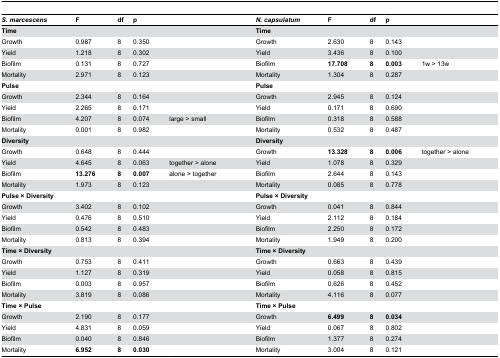
<table><thead><tr><td><b><i>S. marcescens</i></b></td><td><b>F</b></td><td><b>df</b></td><td><b>p</b></td><td></td><td><b><i>N. capsulatum</i></b></td><td><b>F</b></td><td><b>df</b></td><td><b>p</b></td><td></td></tr></thead><tbody><tr><td colspan="5"><b>Time</b></td><td colspan="5"><b>Time</b></td></tr><tr><td>Growth</td><td>0.987</td><td>8</td><td>0.350</td><td></td><td>Growth</td><td>2.630</td><td>8</td><td>0.143</td><td></td></tr><tr><td>Yield</td><td>1.218</td><td>8</td><td>0.302</td><td></td><td>Yield</td><td>3.436</td><td>8</td><td>0.100</td><td></td></tr><tr><td>Biofilm</td><td>0.131</td><td>8</td><td>0.727</td><td></td><td>Biofilm</td><td><b>17.708</b></td><td><b>8</b></td><td><b>0.003</b></td><td>1w &gt; 13w</td></tr><tr><td>Mortality</td><td>2.971</td><td>8</td><td>0.123</td><td></td><td>Mortality</td><td>1.304</td><td>8</td><td>0.287</td><td></td></tr><tr><td colspan="5"><b>Pulse</b></td><td colspan="5"><b>Pulse</b></td></tr><tr><td>Growth</td><td>2.344</td><td>8</td><td>0.164</td><td></td><td>Growth</td><td>2.945</td><td>8</td><td>0.124</td><td></td></tr><tr><td>Yield</td><td>2.265</td><td>8</td><td>0.171</td><td></td><td>Yield</td><td>0.171</td><td>8</td><td>0.690</td><td></td></tr><tr><td>Biofilm</td><td>4.207</td><td>8</td><td>0.074</td><td>large &gt; small</td><td>Biofilm</td><td>0.318</td><td>8</td><td>0.588</td><td></td></tr><tr><td>Mortality</td><td>0.001</td><td>8</td><td>0.982</td><td></td><td>Mortality</td><td>0.532</td><td>8</td><td>0.487</td><td></td></tr><tr><td colspan="5"><b>Diversity</b></td><td colspan="5"><b>Diversity</b></td></tr><tr><td>Growth</td><td>0.648</td><td>8</td><td>0.444</td><td></td><td>Growth</td><td><b>13.328</b></td><td><b>8</b></td><td><b>0.006</b></td><td>together &gt; alone</td></tr><tr><td>Yield</td><td>4.645</td><td>8</td><td>0.063</td><td>together &gt; alone</td><td>Yield</td><td>1.078</td><td>8</td><td>0.329</td><td></td></tr><tr><td>Biofilm</td><td><b>13.276</b></td><td><b>8</b></td><td><b>0.007</b></td><td>alone &gt; together</td><td>Biofilm</td><td>2.644</td><td>8</td><td>0.143</td><td></td></tr><tr><td>Mortality</td><td>1.973</td><td>8</td><td>0.123</td><td></td><td>Mortality</td><td>0.085</td><td>8</td><td>0.778</td><td></td></tr><tr><td colspan="5"><b>Pulse × Diversity</b></td><td colspan="5"><b>Pulse × Diversity</b></td></tr><tr><td>Growth</td><td>3.402</td><td>8</td><td>0.102</td><td></td><td>Growth</td><td>0.041</td><td>8</td><td>0.844</td><td></td></tr><tr><td>Yield</td><td>0.476</td><td>8</td><td>0.510</td><td></td><td>Yield</td><td>2.112</td><td>8</td><td>0.184</td><td></td></tr><tr><td>Biofilm</td><td>0.542</td><td>8</td><td>0.483</td><td></td><td>Biofilm</td><td>2.250</td><td>8</td><td>0.172</td><td></td></tr><tr><td>Mortality</td><td>0.813</td><td>8</td><td>0.394</td><td></td><td>Mortality</td><td>1.949</td><td>8</td><td>0.200</td><td></td></tr><tr><td colspan="5"><b>Time × Diversity</b></td><td colspan="5"><b>Time × Diversity</b></td></tr><tr><td>Growth</td><td>0.753</td><td>8</td><td>0.411</td><td></td><td>Growth</td><td>0.663</td><td>8</td><td>0.439</td><td></td></tr><tr><td>Yield</td><td>1.127</td><td>8</td><td>0.319</td><td></td><td>Yield</td><td>0.058</td><td>8</td><td>0.815</td><td></td></tr><tr><td>Biofilm</td><td>0.003</td><td>8</td><td>0.957</td><td></td><td>Biofilm</td><td>0.626</td><td>8</td><td>0.452</td><td></td></tr><tr><td>Mortality</td><td>3.819</td><td>8</td><td>0.086</td><td></td><td>Mortality</td><td>4.116</td><td>8</td><td>0.077</td><td></td></tr><tr><td colspan="5"><b>Time × Pulse</b></td><td colspan="5"><b>Time × Pulse</b></td></tr><tr><td>Growth</td><td>2.190</td><td>8</td><td>0.177</td><td></td><td>Growth</td><td><b>6.499</b></td><td><b>8</b></td><td><b>0.034</b></td><td></td></tr><tr><td>Yield</td><td>4.831</td><td>8</td><td>0.059</td><td></td><td>Yield</td><td>0.067</td><td>8</td><td>0.802</td><td></td></tr><tr><td>Biofilm</td><td>0.040</td><td>8</td><td>0.846</td><td></td><td>Biofilm</td><td>1.377</td><td>8</td><td>0.274</td><td></td></tr><tr><td>Mortality</td><td><b>6.952</b></td><td><b>8</b></td><td><b>0.030</b></td><td></td><td>Mortality</td><td>3.004</td><td>8</td><td>0.121</td><td></td></tr></tbody></table>